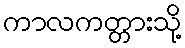
ကာလကတ္တားသို့